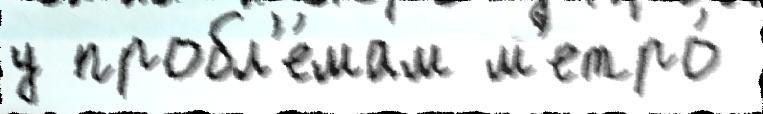
у пробл'е́мам м'етро́